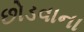
છોડવાના